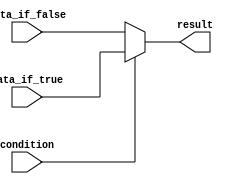
module conditional_assignment (
    input wire condition,
    input wire data_if_true,
    input wire data_if_false,
    output reg result
);

always @(*) begin
    // Using ternary operator to assign value based on condition
    result = (condition) ? data_if_true : data_if_false;
end

endmodule